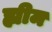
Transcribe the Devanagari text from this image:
ह्यीम